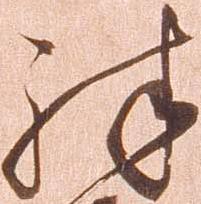
殊